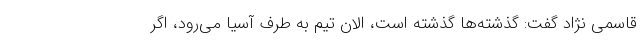
قاسمی نژاد گفت: گذشته‌ها گذشته است، الان تیم به طرف آسیا می‌رود، اگر